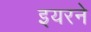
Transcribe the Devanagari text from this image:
इयरने